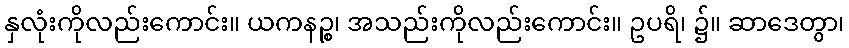
နှလုံးကိုလည်းကောင်း။ ယကနဉ္စ၊ အသည်းကိုလည်းကောင်း။ ဥပရိ၊ ၌။ ဆာဒေတွာ၊